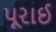
પૂરાઈ